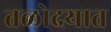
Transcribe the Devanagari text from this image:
तळोदयात